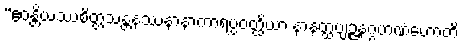
“ဧဝန္တိယဿစိတ္တသန္တနဿနာနာကာရပ္ပဝတ္ထိယာ နာနတ္ထဗျဉ္ဇနဂ္ဂဟဏံဟောတိ